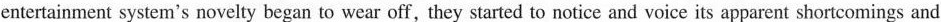
entertainment system's novelty began to wear off, they started to notice and voice its apparent shortcomings and